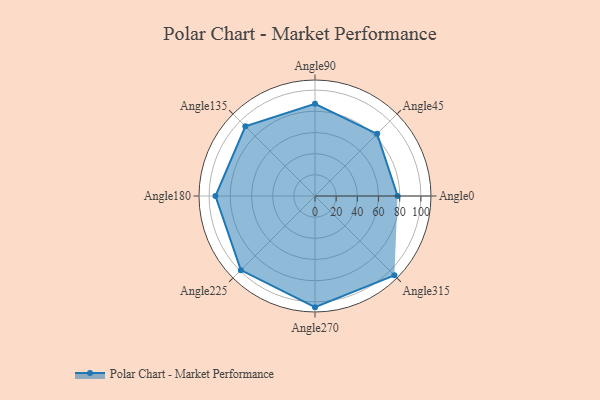
{"axis": {"x": "Angle", "y": "Radius"}, "legend": [""], "data": [{"x": "Angle0", "y": 78.0, "type": ""}, {"x": "Angle45", "y": 83.0, "type": ""}, {"x": "Angle90", "y": 87.0, "type": ""}, {"x": "Angle135", "y": 93.0, "type": ""}, {"x": "Angle180", "y": 94.0, "type": ""}, {"x": "Angle225", "y": 99.0, "type": ""}, {"x": "Angle270", "y": 105.0, "type": ""}, {"x": "Angle315", "y": 106.0, "type": ""}]}